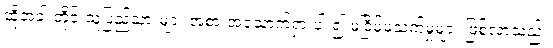
ထိုအခါ တိုင်းသူပြည်သားများ အစားအသောက်ရှားပါး၍ မငြိမ်မသက်မှုများ ဖြစ်လာသည်။